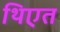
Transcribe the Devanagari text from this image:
थिएत